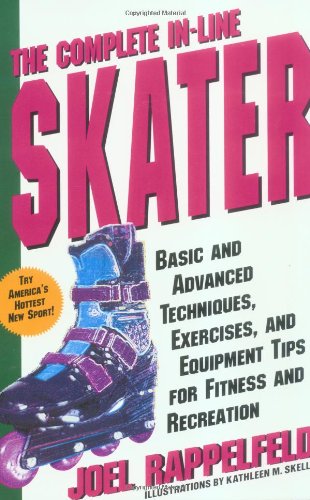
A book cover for The Complete In-Line Skater: Basic and Advanced Techniques, Exercises and Equipment for Fitness; Joel Rappelfeld; Sports & Outdoors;